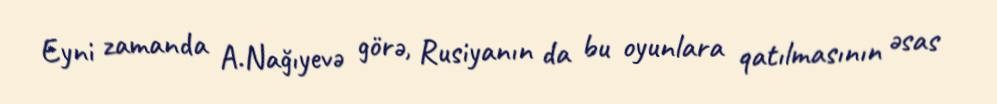
Eyni zamanda A.Nağıyevə görə, Rusiyanın da bu oyunlara qatılmasının əsas